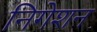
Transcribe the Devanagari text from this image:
निगेशन